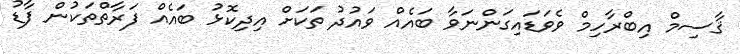
ޤާސިމް އިބްރާހިމް ވެވަޑައިގަންނަވާ ބައެއް ވައުދު ތަކަށް އިދިކޮޅު ބައެއް ފަރާތްތަކުން ފާޑު